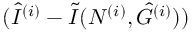
( \hat { I } ^ { ( i ) } - \tilde { I } ( N ^ { ( i ) } , \hat { G } ^ { ( i ) } ) )